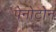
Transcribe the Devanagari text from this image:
पेनोटोन